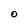
Character: 0